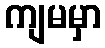
ကျမမှာ